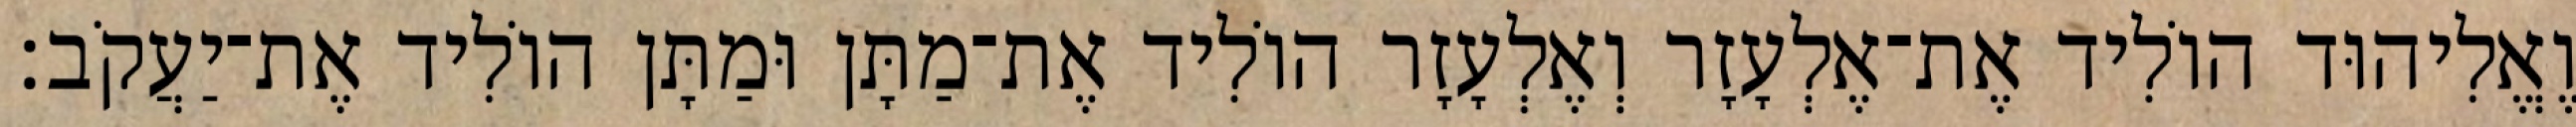
וֶאֱלִיהוּד הוֹלִיד אֶת־אֶלְעָזָר וְאֶלְעָזָר הוֹלִיד אֶת־מַתָּן וּמַתָּן הוֹלִיד אֶת־יַעֲקֹב׃